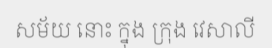
សម័យ នោះ ក្នុង ក្រុង វេសាលី